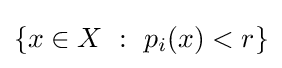
\left\{x\in X~:~p_{i}(x)<r\right\}